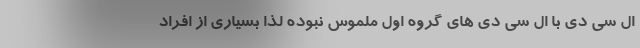
ال سی دی با ال سی دی های گروه اول ملموس نبوده لذا بسیاری از افراد